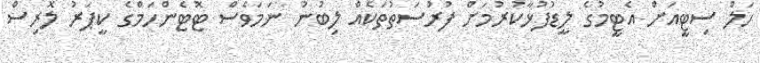
ހަލް ސިޓީއަށް އެޓީމުގެ ލީޑުފުޅާކުރުމަށް ފުރުސަތުތަކެއް ލިބުނު ނަމަވެސް ޓޮޓެންހަމްގެ ކީޕަރު ލޮރިސް